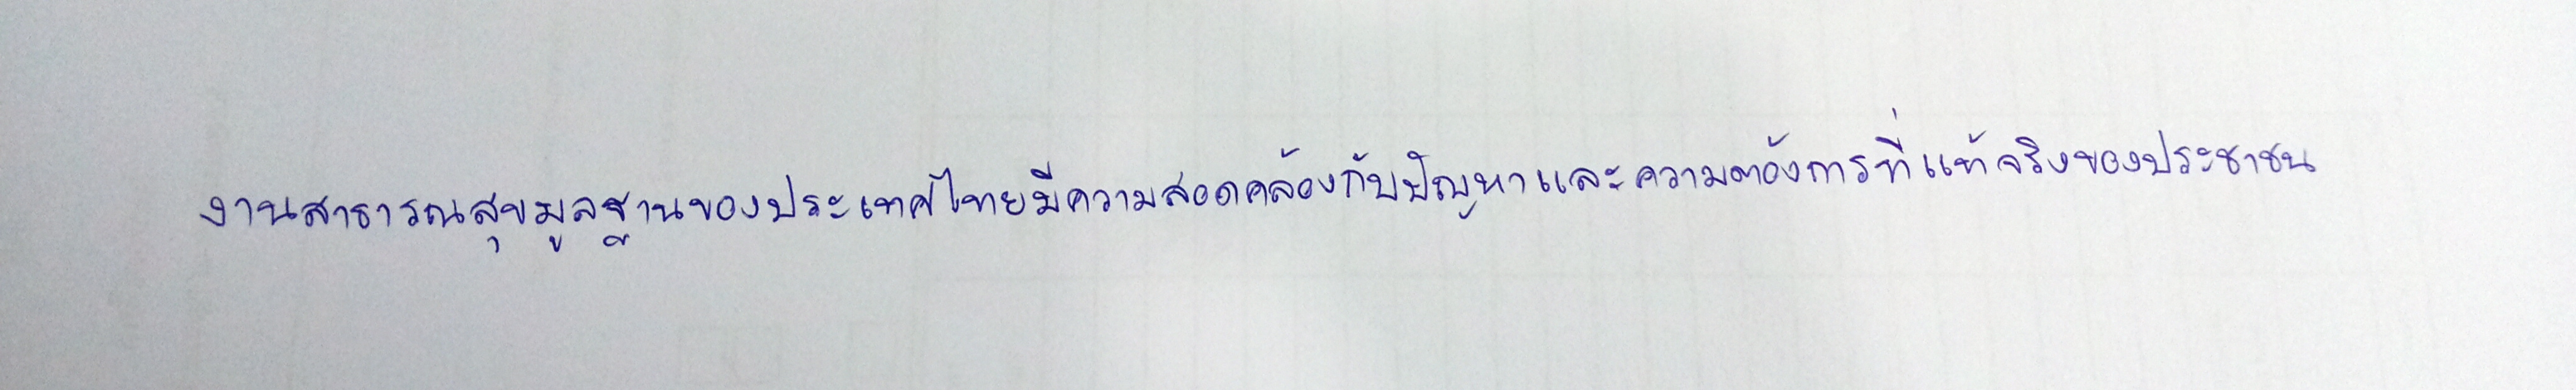
งานสาธารณสุขมูลฐานของประเทศไทยมีความสอดคล้องกับปัญหาและความต้องการที่แท้จริงของประชาชน